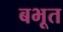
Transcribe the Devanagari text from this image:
बभूत